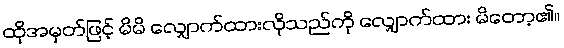
ထိုအမှတ်ဖြင့် မိမိ လျှောက်ထားလိုသည်ကို လျှောက်ထား မိတော့၏။